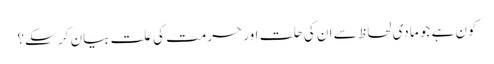
کون ہے جو مادی لحاظ سے ان کی حلت اور حرمت کی علت بیان کر سکے؟